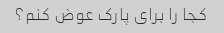
کجا را برای پارک عوض کنم؟